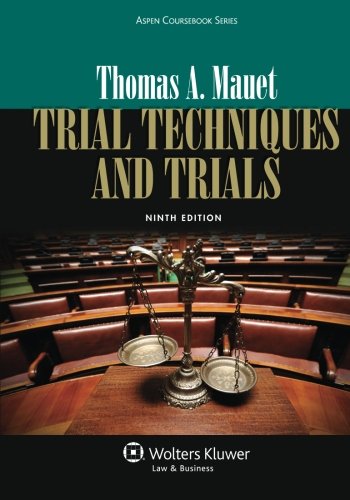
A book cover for Trial Techniques, Ninth Edition (Aspen Coursebooks); Thomas A. Mauet; Law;